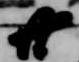
廿